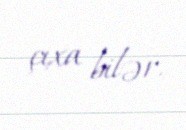
çıxa bilər.